Maemoisa_(Sinalepa)_vallavalitsus, lk 5
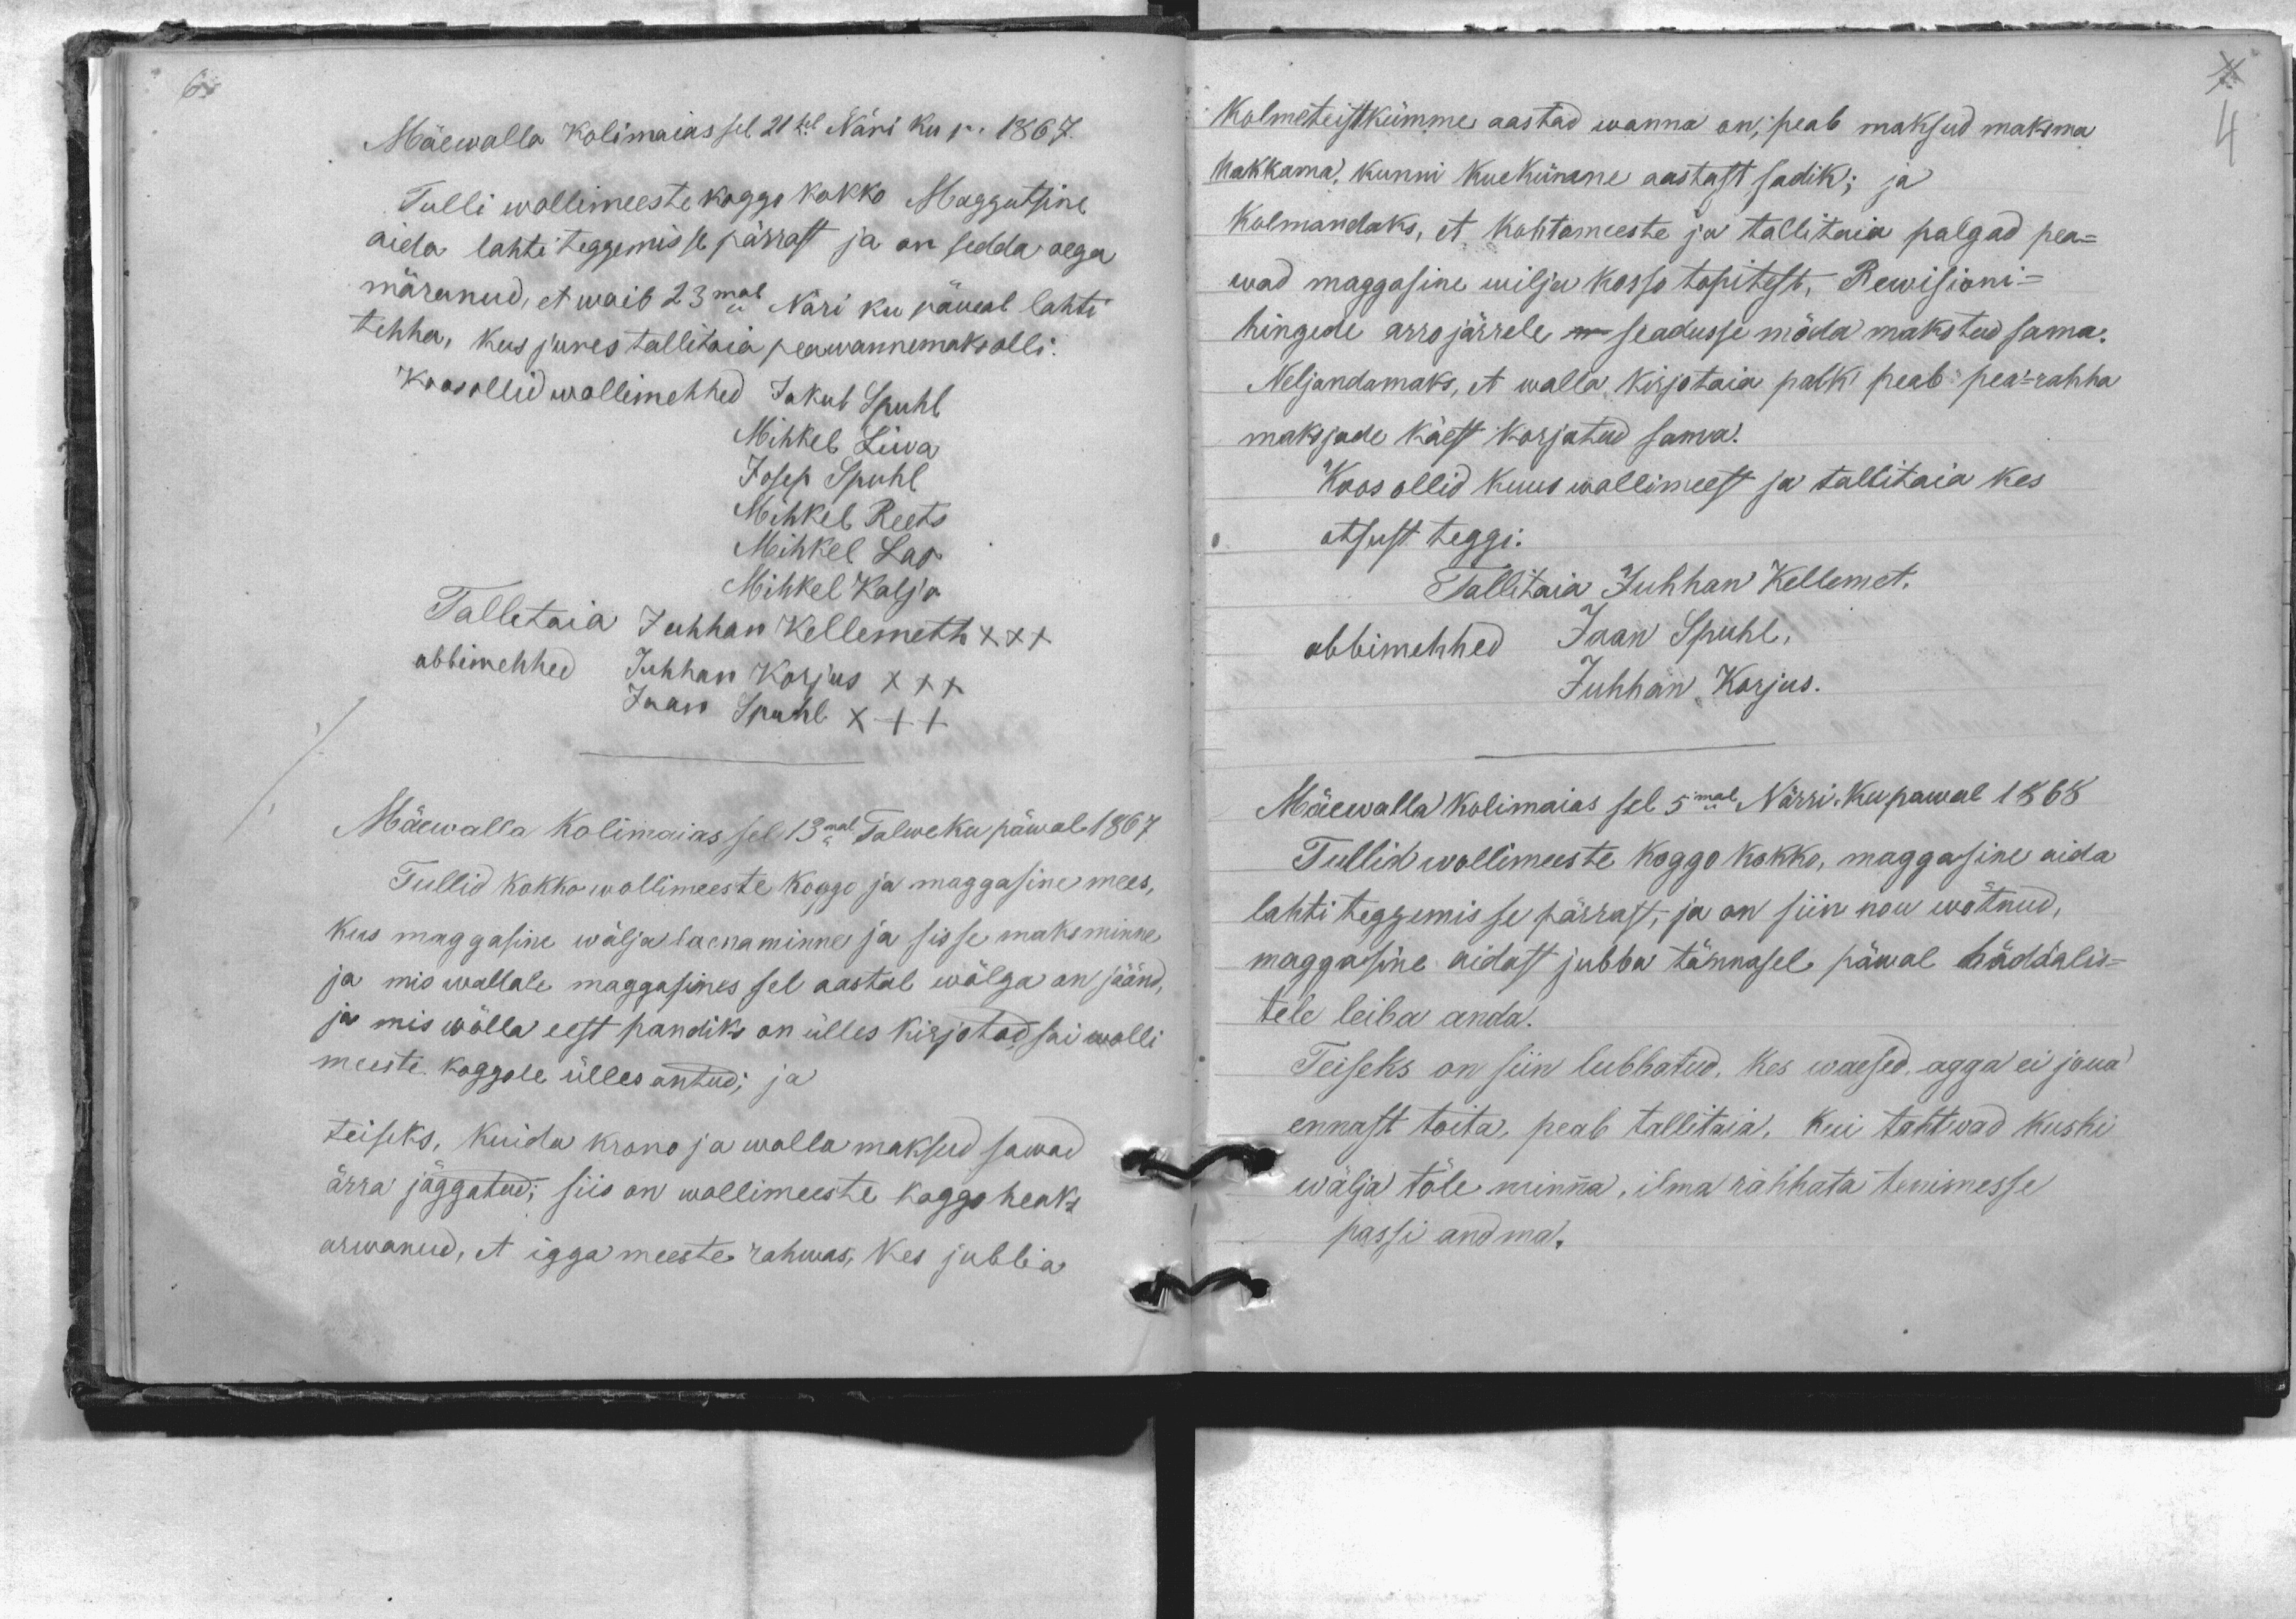
Mäewalla Kolimaias sel 21sel Näri ku p. 1867.
Tulli wollimeeste koggo kokko Maggatsine
aida lahti teggemisse pärrast ja on sedda aega
märanud, et waib 23mal Näri ku päeval lahti
tehha, kus jures tallitaia peawannemaks olli.
Koosollid wollimehhed Jakob Spuhl
Mihkel Liiva
Josep Spuhl
Mihkel Reets
Mihkel Lao
Mihkel Kalja
Talletaia Juhhan Kellemett XXX
abbimehhed Juhhan Korjus XXX
Jaan Spuhl XXX
Mäewalla kolimaias sel 13mal Talwe ku päwal 1867
Tullid kokko wollimeeste koggo ja maggasine mees,
kus maggasine wälja laenaminne ja sisse maksminne
ja mis wallale maggasines sel aastal wõlga on jäänd,
ja mis wõlla eest pandiks on ülles kirjotad sai wolli
meeste koggole ülles antud; ja
teiseks, kuida krono ja walla maksud sawad
ärra jäggatud; siis on wollimeeste koggo heaks
arwanud, et igga meeste rahwas, kes jubba

Kolmeteistkümme aastad wanna on; peab maksud maksma
hakkama, kunni kuekümne aastast sadik; ja
Kolmandaks, et kohtomeeste ja tallitaia palgad pea-
wad maggasine wilja kassa tapitest, Rewisioni-
hingede arro järrele n seadusse möda makstud sama.
Neljandamaks, et walla kirjotaia palk peab pea-rahha
maksjade käest korjatud sama.
Koos ollid kuus wollimeest ja tallitaia kes
otsust teggi.
Tallitaia Juhhan Kellemet.
abbimehhed Jaan Spuhl.
Juhhan Karjus.
Mäewalla kolimaias sel 5mal Närri. Ku pawal 1868
Tullid wollimeeste koggo kokko, maggasine aida
lahti teggemisse pärrast, ja on siin nou wõtnud,
maggasine aidast jubba tännasel päwal häddalis-
tele leiba anda.
Teiseks on siin lubbatud, kes waesed, agga ei joua
ennast toita, peab tallitaia, kui tahtwad kuski
wälja töle minna, ilma rahhata tenimesse
passi andma.